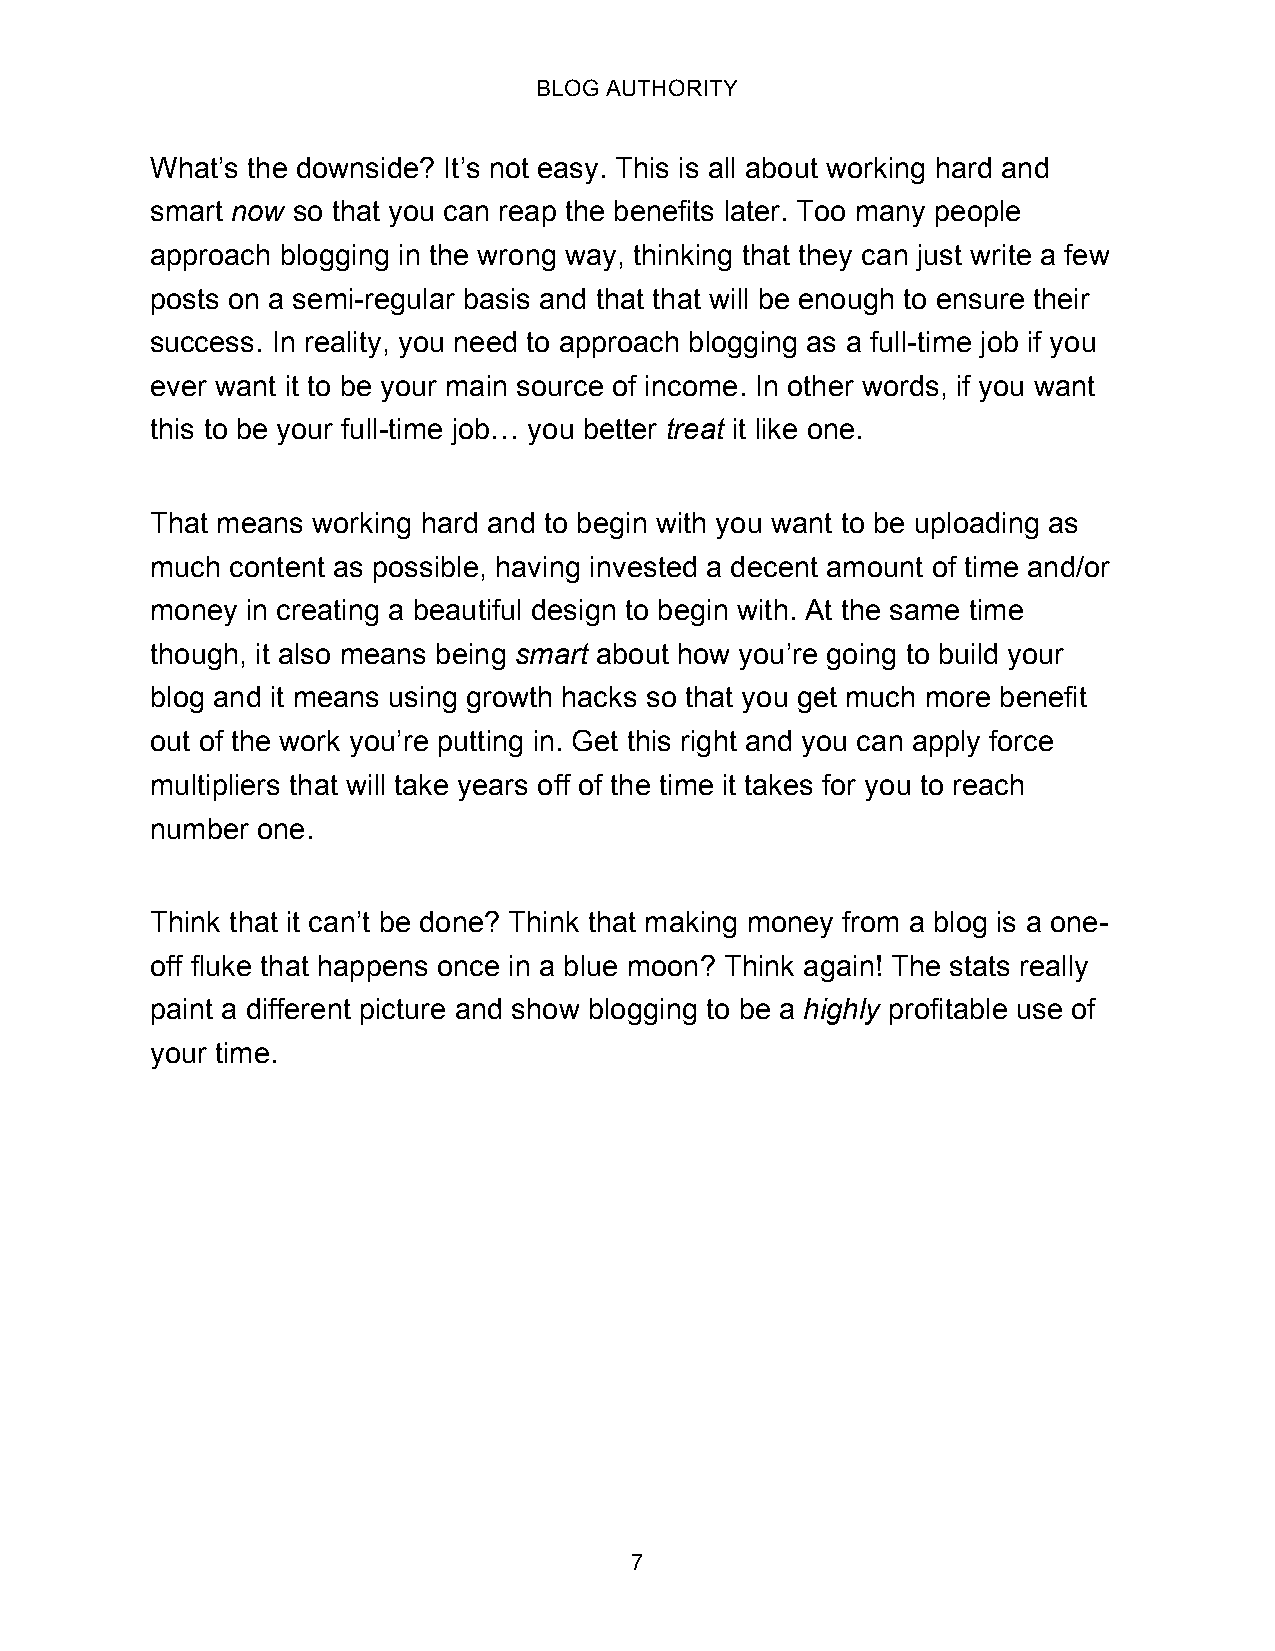
BLOG AUTHORITY
 What’s the downside? It’s not easy. This is all about working hard and
 smart now so that you can reap the benefits later. Too many people
 approach blogging in the wrong way, thinking that they can just write a few
 posts on a semi-regular basis and that that will be enough to ensure their
 success. In reality, you need to approach blogging as a full-time job if you
 ever want it to be your main source of income. In other words, if you want
 this to be your full-time job… you better treat it like one.
 That means working hard and to begin with you want to be uploading as
 much content as possible, having invested a decent amount of time and/or
 money in creating a beautiful design to begin with. At the same time
 though, it also means being smart about how you’re going to build your
 blog and it means using growth hacks so that you get much more benefit
 out of the work you’re putting in. Get this right and you can apply force
 multipliers that will take years off of the time it takes for you to reach
 number one.
 Think that it can’t be done? Think that making money from a blog is a one-
 off fluke that happens once in a blue moon? Think again! The stats really
 paint a different picture and show blogging to be a highly profitable use of
 your time.
 7